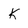
Character: k